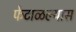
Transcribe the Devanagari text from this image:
फेटाळल्यास